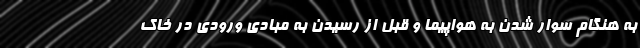
به هنگام سوار شدن به هواپیما و قبل از رسیدن به مبادی ورودی در خاک